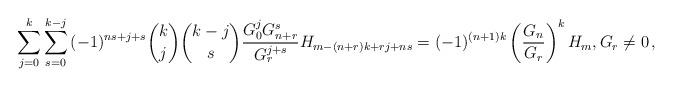
LaTeX: \begin{align*}\sum_{j = 0}^k {\sum_{s = 0}^{k - j} {( - 1)^{ns + j + s} \binom kj\binom {k-j}s\frac{{G_0 ^j G_{n + r} ^s }}{{G_r ^{j + s} }}H_{m - (n + r)k + rj + ns} } } = ( - 1)^{(n + 1)k} \left( {\frac{{G_n }}{{G_r }}} \right)^k H_m,G_r\ne 0\,,\end{align*}